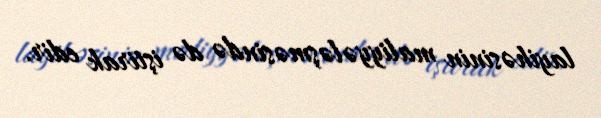
layihəsinin maliyyələşməsində də iştirak edir.